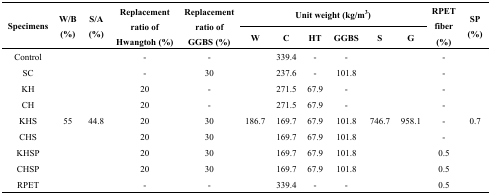
<table><thead><tr><td rowspan="2"><b>Specimens</b></td><td rowspan="2"><b>W/B (%)</b></td><td rowspan="2"><b>S/A (%)</b></td><td rowspan="2"><b>Replacement ratio of Hwangtoh (%)</b></td><td rowspan="2"><b>Replacement ratio of GGBS (%)</b></td><td colspan="6"><b>Unit weight (kg/m<sup>3</sup>)</b></td><td rowspan="2"><b>RPET fiber (%)</b></td><td rowspan="2"><b>SP (%)</b></td></tr><tr><td><b>W</b></td><td><b>C</b></td><td><b>HT</b></td><td><b>GGBS</b></td><td><b>S</b></td><td><b>G</b></td></tr></thead><tbody><tr><td>Control</td><td rowspan="9">55</td><td rowspan="9">44.8</td><td>-</td><td>-</td><td rowspan="9">186.7</td><td>339.4</td><td>-</td><td>-</td><td rowspan="9">746.7</td><td rowspan="9">958.1</td><td>-</td><td rowspan="9">0.7</td></tr><tr><td>SC</td><td>-</td><td>30</td><td>237.6</td><td>-</td><td>101.8</td><td>-</td></tr><tr><td>KH</td><td>20</td><td>-</td><td>271.5</td><td>67.9</td><td>-</td><td>-</td></tr><tr><td>CH</td><td>20</td><td>-</td><td>271.5</td><td>67.9</td><td>-</td><td>-</td></tr><tr><td>KHS</td><td>20</td><td>30</td><td>169.7</td><td>67.9</td><td>101.8</td><td>-</td></tr><tr><td>CHS</td><td>20</td><td>30</td><td>169.7</td><td>67.9</td><td>101.8</td><td>-</td></tr><tr><td>KHSP</td><td>20</td><td>30</td><td>169.7</td><td>67.9</td><td>101.8</td><td>0.5</td></tr><tr><td>CHSP</td><td>20</td><td>30</td><td>169.7</td><td>67.9</td><td>101.8</td><td>0.5</td></tr><tr><td>RPET</td><td>-</td><td>-</td><td>339.4</td><td>-</td><td>-</td><td>0.5</td></tr></tbody></table>